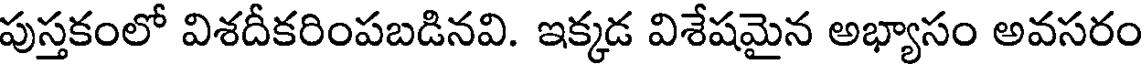
పుస్తకంలో విశదీకరింపబడినవి. ఇక్కడ విశేషమైన అభ్యాసం అవసరం